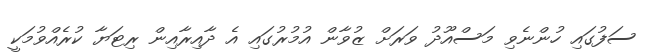
ސަފުގައި ހުންނެވި މަސްއޫދު ވަރަށް ޒުވާން އުމުރުގައި އެ ދާއިރާއިން ރިޓަޔާ ކުރެއްވުމަކީ